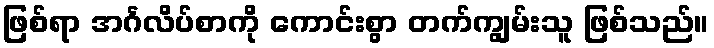
ဖြစ်ရာ အင်္ဂလိပ်စာကို ကောင်းစွာ တက်ကျွမ်းသူ ဖြစ်သည်။